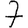
Digit: 7